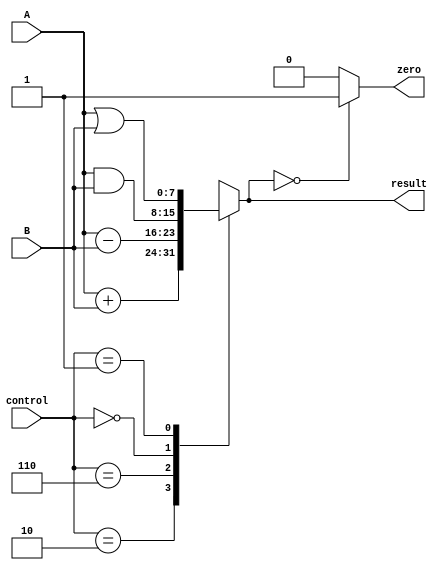
module ALU(
    input [7:0] A,
    input [7:0] B,
    input [3:0] control,
    output [7:0] result,
    output zero
);

reg [7:0] temp;

always @(*) begin
    case(control)
        4'b0010: temp <= A + B; // ADD
        4'b0110: temp <= A - B; // SUB
        4'b0000: temp <= A & B; // AND
        4'b0001: temp <= A | B; // OR
        default: temp <= 8'bxxxxxxxx; // Don't care
    endcase
end

assign result = temp;
assign zero = (result == 8'b0) ? 1'b1 : 1'b0; // Set zero based on result value

endmodule